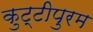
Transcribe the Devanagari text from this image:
कुट्टीपुरम